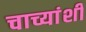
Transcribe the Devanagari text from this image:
चाच्यांशी